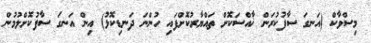
މިސްވާކް (އަނގަ ސާފުކުރަން ޚާއްސަކޮށް ތައްޔާރުކޮށްފައި ހުންނަ ދަނޑިކޮޅު) އިން އަނގަ ސާފުކޮށްލުމުން